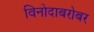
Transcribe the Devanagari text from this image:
विनोदाबरोबर